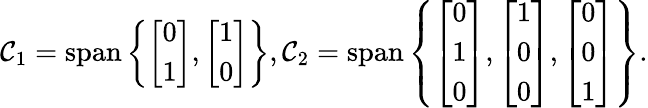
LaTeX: \mathcal{C}_{1}=\operatorname{span}\left\{ \left[\begin{array}{l}{0}\\ {1}\end{array}\right],\left[\begin{array}{l}{1}\\ {0}\end{array}\right]\right\} ,\mathcal{C}_{2}=\operatorname{span}\left\{ \left[\begin{array}{l}{0}\\ {1}\\ {0}\end{array}\right],\left[\begin{array}{l}{1}\\ {0}\\ {0}\end{array}\right],\left[\begin{array}{l}{0}\\ {0}\\ {1}\end{array}\right]\right\} .